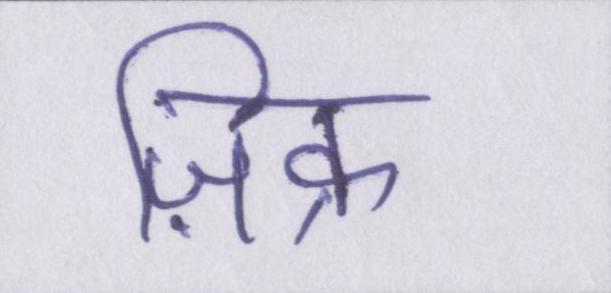
ज़िक्र